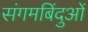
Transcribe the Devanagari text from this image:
संगमबिंदुओं